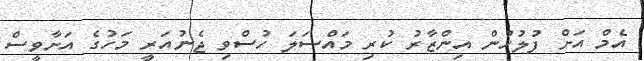
އެމް އަށް ފުލުހުން އިންޒާރު ކުރި މައްސަލަ ހުސްވި ޖެނުއަރީ މަހުގެ އަށާވީސް